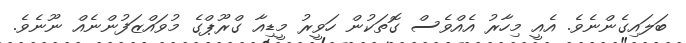
ބަލައިގެންނެވެ. އެއީ މިހާރު އެއްވެސް ގޮތަކުން ހަވީރު މީޑިއާ ގްރޫޕްގެ މުވައްޒަފުންނެއް ނޫނެވެ.